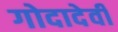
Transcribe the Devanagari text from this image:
गोदादेवी